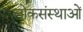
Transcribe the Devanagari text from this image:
लोकसंस्थाओं